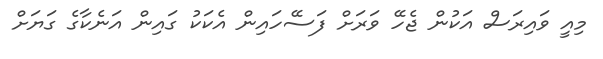
މިއީ ވައިރަސް އަކުން ޖެހޭ ވަރަށް ފަސޭހައިން އެކަކު ގައިން އަނެކާގެ ގަޔަށް